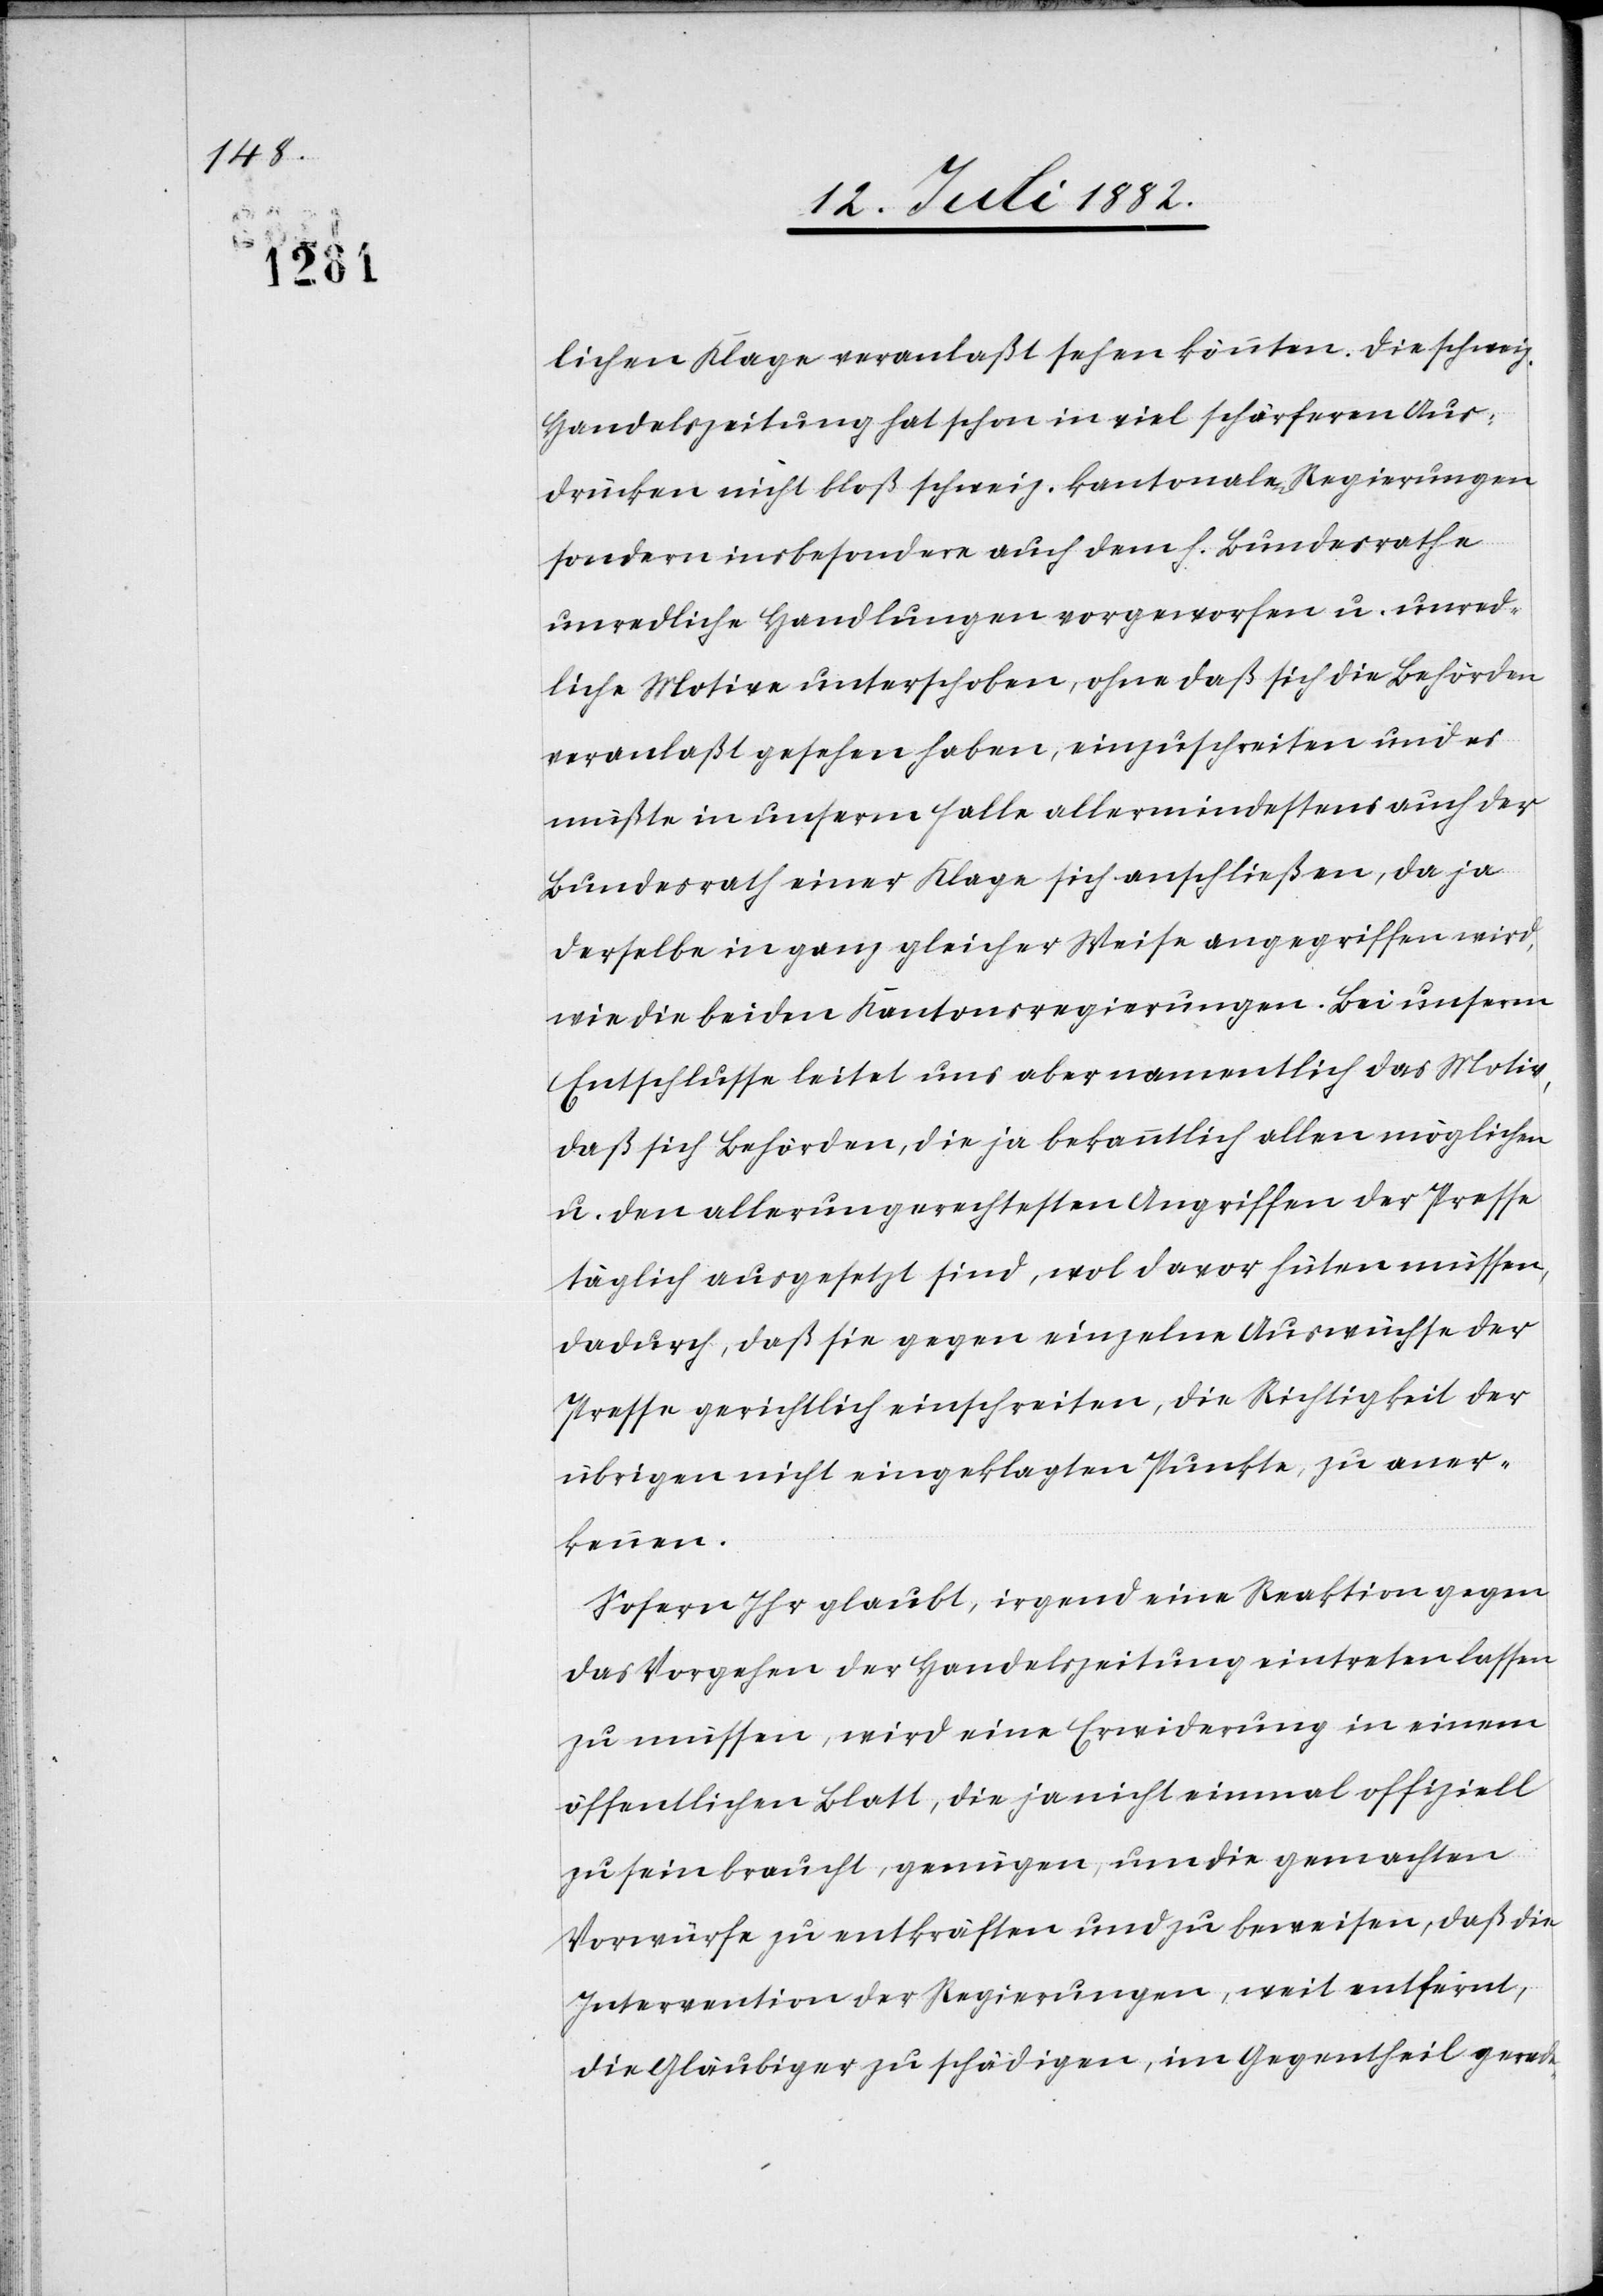
lichen Klage veranlaßt sehen könnten. Die schweiz.
Handelszeitung hat schon in viel schärferen Aus¬
drücken nicht bloß schweiz. kantonale Regierungen
sondern insbesondere auch dem h. Bundesrathe
unredliche Handlungen vorgeworfen u. unred¬
liche Motive unterschoben, ohne daß sich die Behörden
veranlaßt gesehen haben, einzuschreiten und es
müßte in unserm Falle allermindestens auch der
Bundesrath einer Klage sich anschließen, da ja
derselbe in ganz gleicher Weise angegriffen wird,
wie die beiden Kantonsregierungen. Bei unserm
Entschlusse leitet uns aber namentlich das Motiv,
daß sich Behörden, die ja bekanntlich allen möglichen
u. den allerungerechtesten Angriffen der Presse
täglich ausgesetzt sind, wol davor hüten müssen,
dadurch, daß sie gegen einzelne Auswüchse der
Presse gerichtlich einschreiten, die Richtigkeit der
übrigen nicht eingeklagten Punkte, zu aner¬
kennen.
Sofern Ihr glaubt, irgend eine Reaktion gegen
das Vorgehen der Handelszeitung eintreten lassen
zu müssen, wird eine Erwiderung in einem
öffentlichen Blatt, die ja nicht einmal offiziell
zu sein braucht, genügen, um die gemachten
Vorwürfe zu entkräften und zu beweisen, daß die
Intervention der Regierungen, weit entfernt,
die Gläubiger zu schädigen, im Gegentheil gerade-